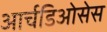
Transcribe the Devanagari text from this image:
आर्चडिओसेस